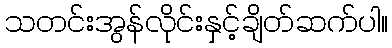
သတင်းအွန်လိုင်းနှင့်ချိတ်ဆက်ပါ။